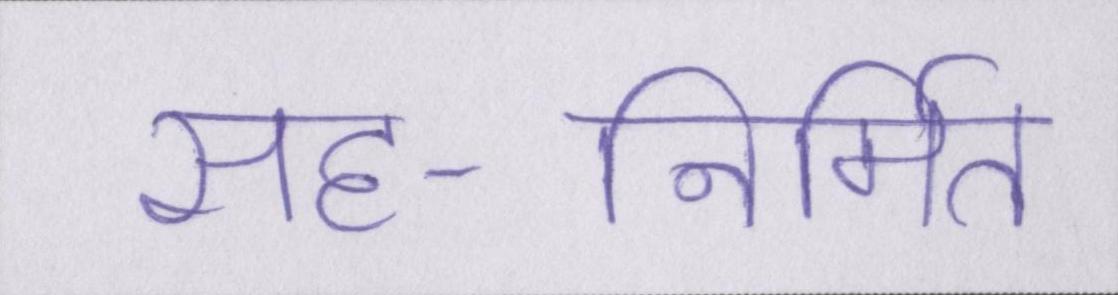
सह-निर्मित